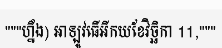
"""ហ្នឹង) អាឡូវធើអីកយខែវិច្ឆិកា 11,"""